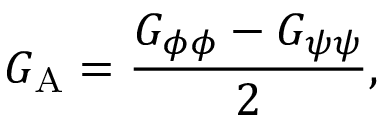
G _ { \mathrm { { A } } } = \frac { G _ { \phi \phi } - G _ { \psi \psi } } { 2 } ,